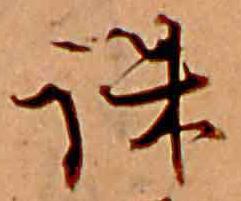
誅